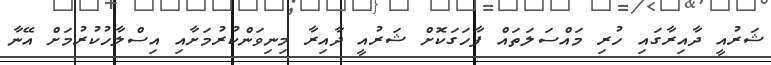
ޝަރުއީ ދާއިރާގައި ހުރި މައްސަލަތައް ފާހަަގަކޮށް ޝަރުއީ ދާއިރާ މިނިވަންކުރުމަަށާއި އިސްލާހުކުރުމަށް އޭނާ